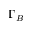
\Gamma _ { B }